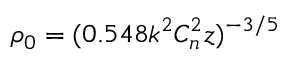
\rho _ { 0 } = ( 0 . 5 4 8 k ^ { 2 } C _ { n } ^ { 2 } z ) ^ { - 3 / 5 }